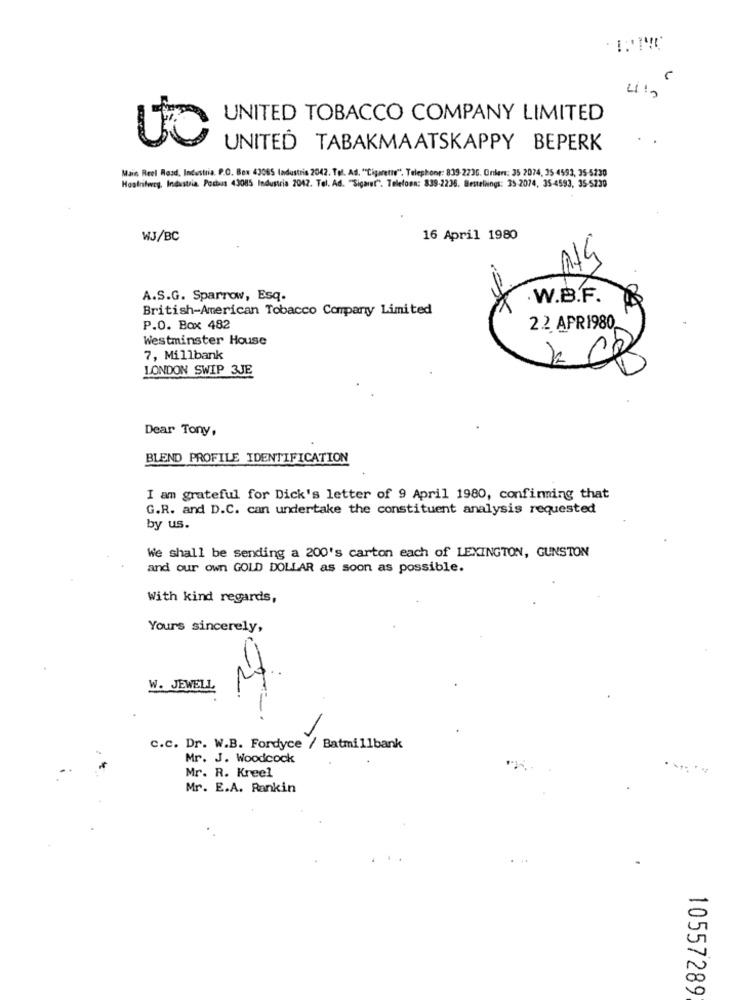
UNITED TOBACCO COMPANY LIMITED
UNITED TABAKMAATSKAPPY BEPERK
Main Reel Road, Industria. P.O. Box 43065 Industria 2042. Tel. Ad. "Cigarette". Telephone: 839-2235. Onları: 35 2074, 35 4593, 35-5230
Hoalritery, Industria Porbus 43085 Industria 2047. Tel. Ad. "Sigaret". Telefon: 839-2236. Bestellings: 35-2074, 35-4593, 35-5230
WJ/BC
16 April 1980
A.S.G. Sparrow, Esq.
.W.B.F.
British-American Tobacco Company Limited
P.O. Box 482
2.2 APR1980
Westminster House
7, Millbank
LONDON SWIP 3JE
Dear Tony,
BLEND PROFILE IDENTIFICATION
I am grateful for Dick's letter of 9 April 1980, confirming that
G.R. and D.C. can undertake the constituent analysis requested
by us.
We shall be sending a 200's carton each of LEXINGTON, GUNSTON
and our own GOLD DOLLAR as soon as possible.
With kind regards,
Yours sincerely,
W. JEWELL
C.c. Dr. W.B. Fordyce / Batmillbank
Mr. J. Woodcock
Mr. R. Kreel
Mr. E.A. Rankin
10557289